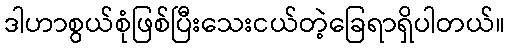
ဒါဟာစွယ်စုံဖြစ်ပြီးသေးငယ်တဲ့ခြေရာရှိပါတယ်။